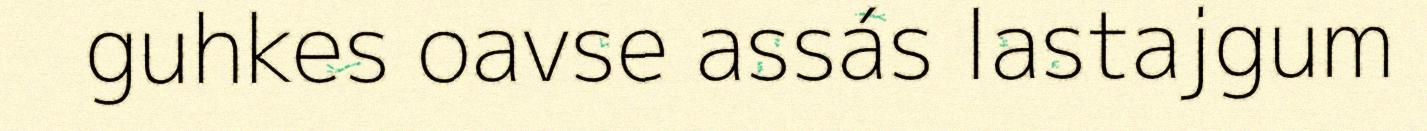
guhkes oavse assás lastajgum